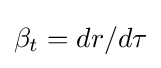
\beta _{t}=dr/d\tau